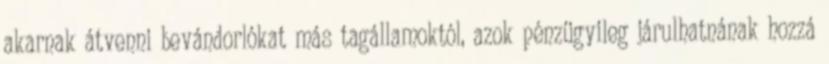
akarnak átvenni bevándorlókat más tagállamoktól, azok pénzügyileg járulhatnának hozzá